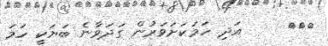
١٧٣     އަދި ހަމަކަށަވަރުން ގަދަވާނެ ބަޔަކީ ހަމަ